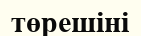
төрешіні